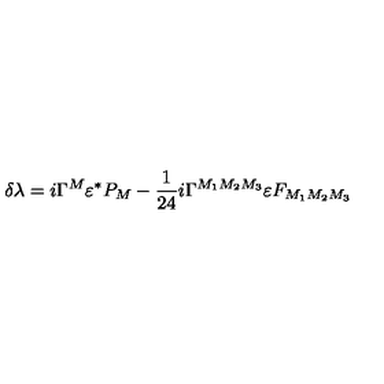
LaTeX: \delta \lambda = i \Gamma ^ { M } \varepsilon ^ { \ast } P _ { M } - { \frac { 1 } { 2 4 } } i \Gamma ^ { M _ { 1 } M _ { 2 } M _ { 3 } } \varepsilon F _ { M _ { 1 } M _ { 2 } M _ { 3 } }